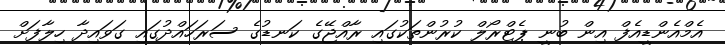
އެމްއެންޑީއެފް އިން ބުނީ ޕެޓްރޯލް ކުރުންތަކުގައި ރާއްޖޭގެ ކަނޑުގެ ސަރަހައްދުގައި ގަވައިދާ ހިލާފަށް